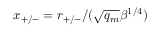
x _ { + / - } = r _ { + / - } / ( \sqrt { q _ { m } } \beta ^ { 1 / 4 } )